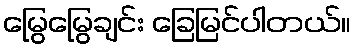
မြွေမြွေချင်း ခြေမြင်ပါတယ်။